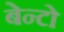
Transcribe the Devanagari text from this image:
बेन्टो